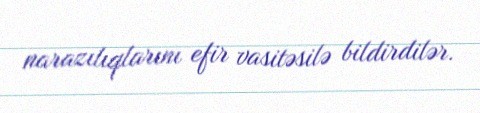
narazılıqlarını efir vasitəsilə bildirdilər.